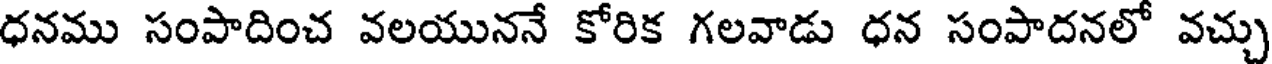
ధనము సంపాదించ వలయుననే కోరిక గలవాడు ధన సంపాదనలో వచ్చు